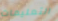
التعليمات